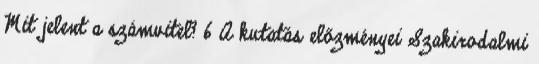
Mit jelent a számvitel? 6 A kutatás előzményei Szakirodalmi